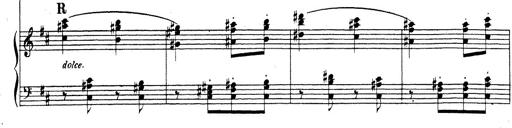
Title: Rhapsodie espagnole
Composer: Franz Liszt